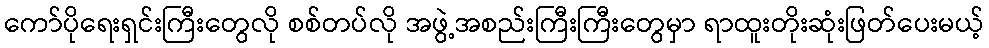
ကော်ပိုရေးရှင်းကြီးတွေလို စစ်တပ်လို အဖွဲ့အစည်းကြီးကြီးတွေမှာ ရာထူးတိုးဆုံးဖြတ်ပေးမယ့်